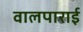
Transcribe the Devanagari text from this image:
वालपाराई